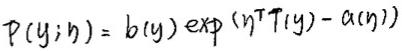
$P(y;\eta)=b(y)\exp(\eta^{T}T(y)-a(\eta))$